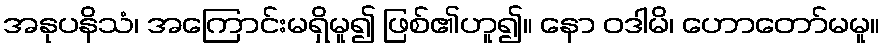
အနုပနိသံ၊ အကြောင်းမရှိမူ၍ ဖြစ်၏ဟူ၍။ နော ဝဒါမိ၊ ဟောတော်မမူ။